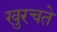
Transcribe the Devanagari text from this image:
खुरचते